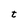
Character: t